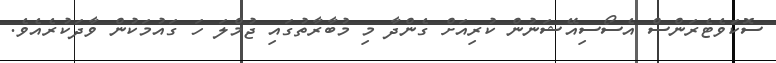
ސޮކަވެޓެރަންސް އެސޯސިއޭޝަނުން ކުރިއަށް ގެންދާ މި މުބާރާތުގައި ޖުމްލަ ހަ ގައުމަކުން ވާދަކުރެއެވެ.